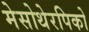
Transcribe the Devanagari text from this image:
मेसोथेरपिको